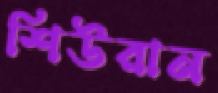
শিউরান